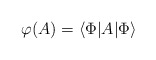
\begin{align*}\mathcal{\varphi}(A)=\left\langle \Phi|A|\Phi\right\rangle\end{align*}